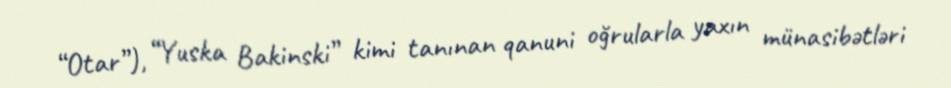
“Otar”), “Yuska Bakinski” kimi tanınan qanuni oğrularla yaxın münasibətləri